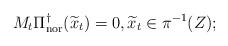
LaTeX: \begin{align*}M_t\Pi_{\rm nor}^\dagger(\widetilde x_t)=0, \widetilde x_t\in\pi^{-1}(Z);\end{align*}